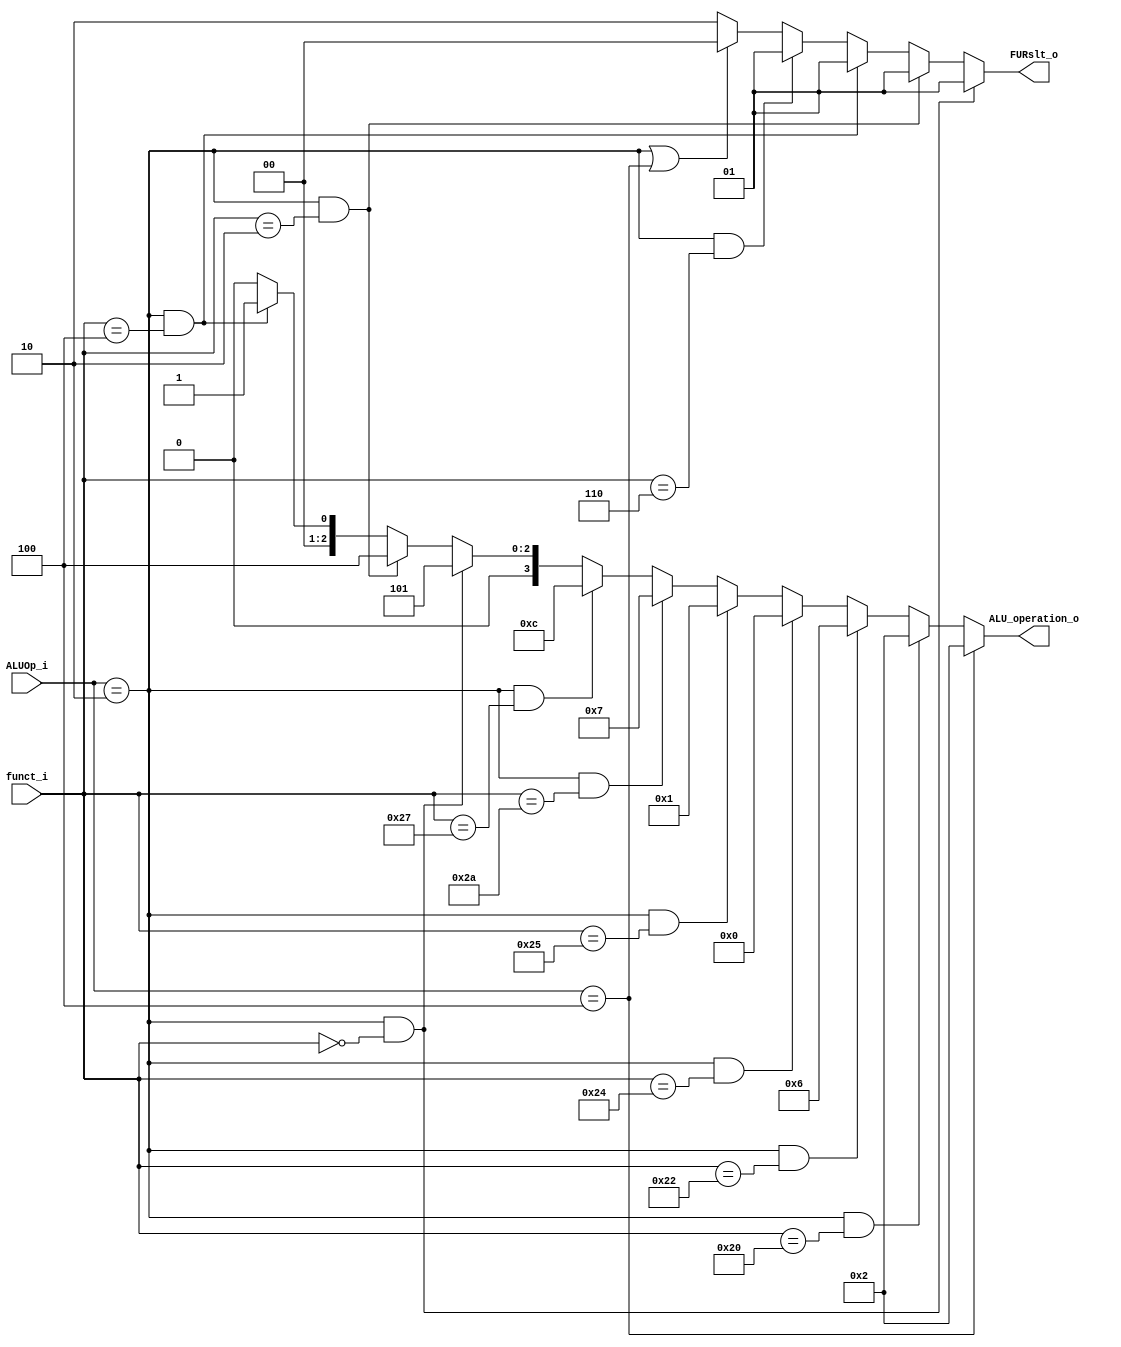
module ALU_Ctrl( funct_i, ALUOp_i, ALU_operation_o, FURslt_o );

//I/O ports 
input      [6-1:0] funct_i;
input      [3-1:0] ALUOp_i;

output     [4-1:0] ALU_operation_o;  
output     [2-1:0] FURslt_o;
     
//Internal Signals
wire		[4-1:0] ALU_operation_o;
wire		[2-1:0] FURslt_o;

//Main function
/*your code here*/
assign FURslt_o = (ALUOp_i == 3'b010 && funct_i == 6'b000000)? 2'b01 :
				  (ALUOp_i == 3'b010 && funct_i == 6'b000010)? 2'b01 :
				  (ALUOp_i == 3'b010 && funct_i == 6'b000100)? 2'b01 :
				  (ALUOp_i == 3'b010 && funct_i == 6'b000110)? 2'b01 :
				  (ALUOp_i == 3'b010 || ALUOp_i == 3'b100)?    2'b00 :
				  											   2'b10 ; //ALUOp_i == 3'b101

assign ALU_operation_o = (ALUOp_i == 3'b100)? 4'b0010 :
				  	     (ALUOp_i == 3'b010 && funct_i == 6'b100000)? 4'b0010 :
				         (ALUOp_i == 3'b010 && funct_i == 6'b100010)? 4'b0110 :
				         (ALUOp_i == 3'b010 && funct_i == 6'b100100)? 4'b0000 :
				         (ALUOp_i == 3'b010 && funct_i == 6'b100101)? 4'b0001 :
				         (ALUOp_i == 3'b010 && funct_i == 6'b101010)? 4'b0111 :
				         (ALUOp_i == 3'b010 && funct_i == 6'b100111)? 4'b1100 :
				         (ALUOp_i == 3'b010 && funct_i == 6'b000000)? 4'b0101 :	//when sll
				  		 (ALUOp_i == 3'b010 && funct_i == 6'b000010)? 4'b0100 : //when sl4
				  		 (ALUOp_i == 3'b010 && funct_i == 6'b000100)? 4'b0001 : //when sllv
				  		 											  4'b0000 ;



endmodule